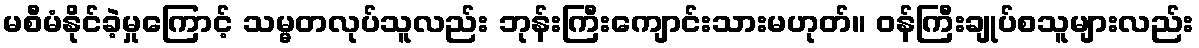
မစီမံနိုင်ခဲ့မှုကြောင့် သမ္မတလုပ်သူလည်း ဘုန်းကြီးကျောင်းသားမဟုတ်။ ဝန်ကြီးချုပ်စသူများလည်း